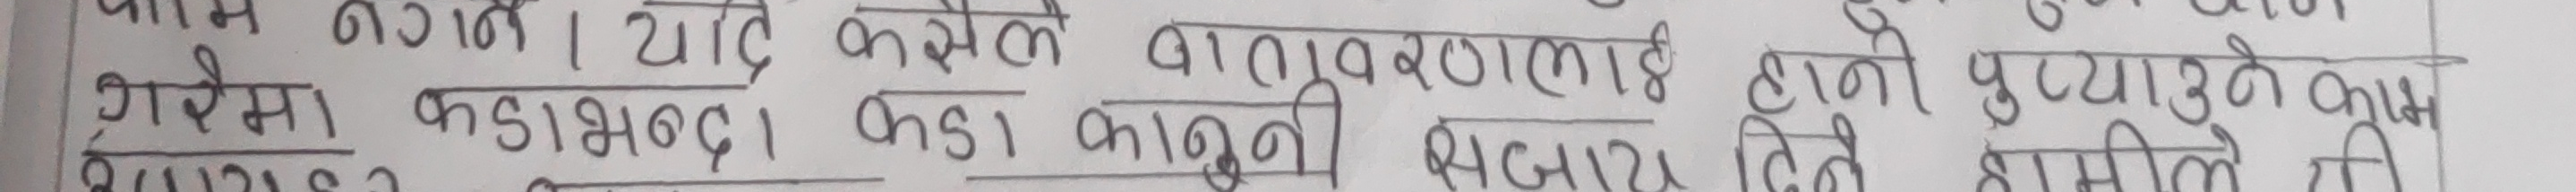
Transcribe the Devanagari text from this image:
गरेमा कडाभन्दा कडा कानुनी सजाय दिने भनी पुऱ्याउने काम